Civil Veterinary Department Bihar & Orissa reports 1929-36 - 1929-1936
Year: 1929
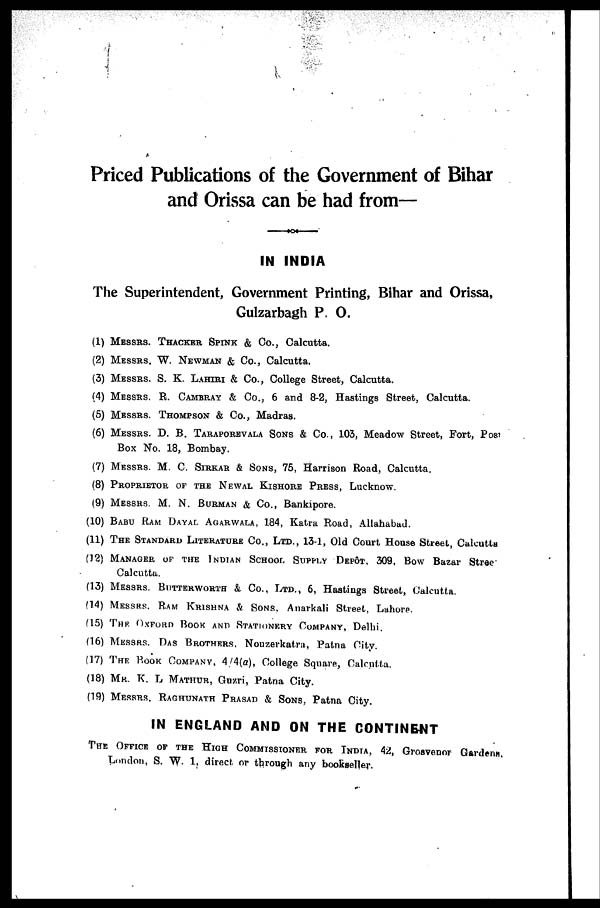
Priced Publications of the Government of Bihar
and Orissa can be had from—
IN INDIA
The Superintendent, Government Printing, Bihar and Orissa,
Gulzarbagh P. O.
(1) MESSRS. THACKER SPINK & Co., Calcutta.
(2) MESSRS. W. NEWMAN & Co., Calcutta.
(3) MESSRS. S. K. LAHIRI & Co., College Street, Calcutta.
(4) MESSRS. R. CAMBRAY & Co., 6 and 8-2, Hastings Street, Calcutta.
(5) MESSRS. THOMPSON & Co., Madras.
(6) MESSRS. D. B. TARAPOREVALA SONS & Co., 103, Meadow Street, Fort, Post
Box No. 18, Bombay.
(7) MESSRS. M. C. SIRKAR & SONS, 75, Harrison Road, Calcutta.
(8) PROPRIETOR OF THE NEWAL KISHORE PRESS, Lucknow.
(9) MESSRS M. N. BURMAN & Co., Bankipore.
(10) BABU RAM DAYAL AGARWALA, 184, Katra Road, Allahabad.
(11) THE STANDARD LITERATURE Co., LTD., 13-1, Old Court House Street, Calcutta
(12) MANAGER OF THE INDIAN SCHOOL SUPPLY DEPOT. 309, Bow Bazar Street
Calcutta.
(13) MESSRS. BUTTERWORTH & CO., LTD., 6, Hastings 8treet, Calcutta.
(14) MESSRS. RAM KRISHNA & SONS. Anarkali Street, Lahore.
(15) THE OXFORD BOOK AND STATIONERY COMPANY, Delhi.
(16) MESSRS. DAS BROTHERS. Nouzerkatra, Patna City.
(17) THE HOOK COMPANY, 4/4(a), College Square, Calcutta.
(18) MR. K. L MATHUR, Guzri, Patna City.
(19) MESSRS. RAGHUNATH PRASAD & SONS. Patna City.
IN ENGLAND AND ON THE CONTINENT
THE OFFICE OF THE HIGH COMMISSIONER FOR INDIA, 42, Grosvenor Gardenn.
London, S. W. 1. direct or through any bookseller.